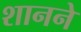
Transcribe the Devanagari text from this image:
शानने